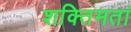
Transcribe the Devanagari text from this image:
शक्तिमतां